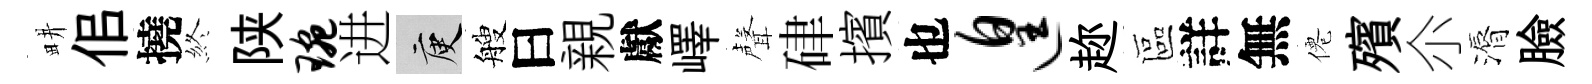
畊佀撓終陕琬进庾艘曰親獻嶧聲硉擯也遑趂區詳無僊殯尒漘臉